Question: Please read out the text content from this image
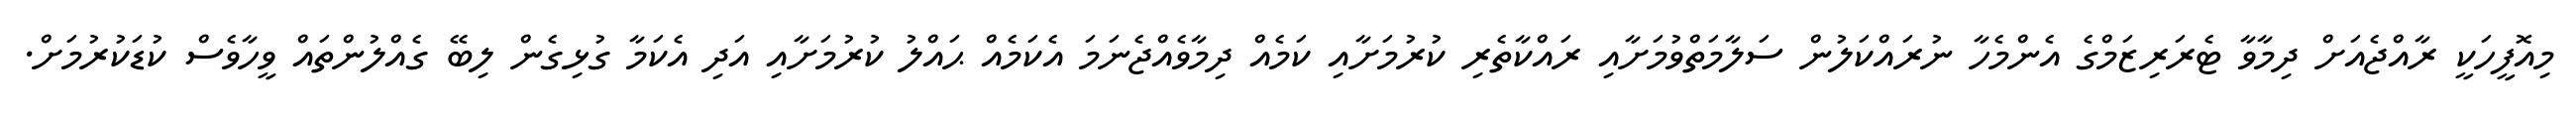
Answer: މިއޮފީހަކީ ރާއްޖެއަށް ދިމާވާ ޓެރަރިޒަމްގެ އެންމެހާ ނުރައްކަލުން ސަލާމަތްވުމަށާއި ރައްކާތެރި ކުރުމަށާއި ކަމެއް ދިމާވެއްޖެނަމަ އެކަމެއް ޙައްލު ކުރުމަށާއި އަދި އެކަމާ ގުޅިގެން ލިބޭ ގެއްލުންތައް ވީހާވެސް ކުޑަކުރުމަށް.